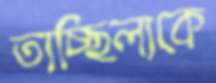
তাচ্ছিল্যকে